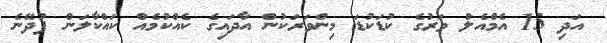
އަދި 15 އެމްއެލް ވަރުގެ ކުޑަކުޑަ މިންވަރަކުން އާދައިގެ ކެއްކުމެއް ކައްކާލަން ފުދޭނެ